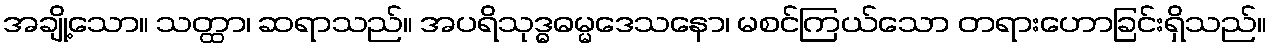
အချို့သော။ သတ္ထာ၊ ဆရာသည်။ အပရိသုဒ္ဓဓမ္မဒေသနော၊ မစင်ကြယ်သော တရားဟောခြင်းရှိသည်။